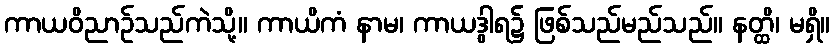
ကာယဝိညာဉ်သည်ကဲသို့။ ကာယိကံ နာမ၊ ကာယဒွါရ၌ ဖြစ်သည်မည်သည်။ နတ္ထိ၊ မရှိ။